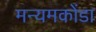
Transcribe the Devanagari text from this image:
मन्यमकोंडा